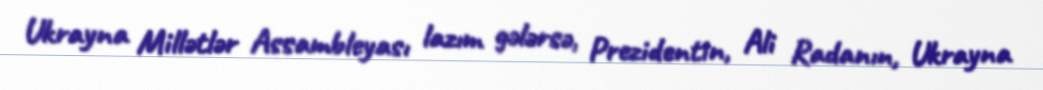
Ukrayna Millətlər Assambleyası lazım gələrsə, Prezidentin, Ali Radanın, Ukrayna